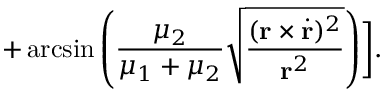
+ \arcsin \left( \frac { \mu _ { 2 } } { \mu _ { 1 } + \mu _ { 2 } } \sqrt { \frac { ( { \bf r } \times \dot { { \bf r } } ) ^ { 2 } } { { \bf r } ^ { 2 } } } \right) \biggr ] .